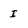
Character: I